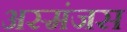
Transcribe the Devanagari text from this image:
अस्मंजस